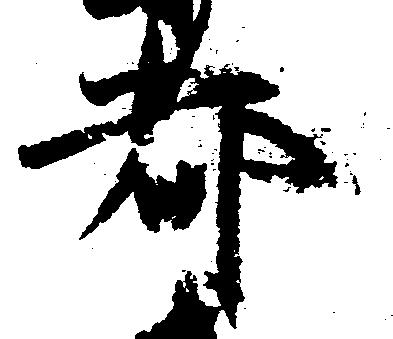
都